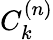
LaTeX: C_{k}^{(n)}